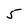
Character: 5